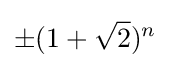
\pm (1+{\sqrt {2}})^{n}